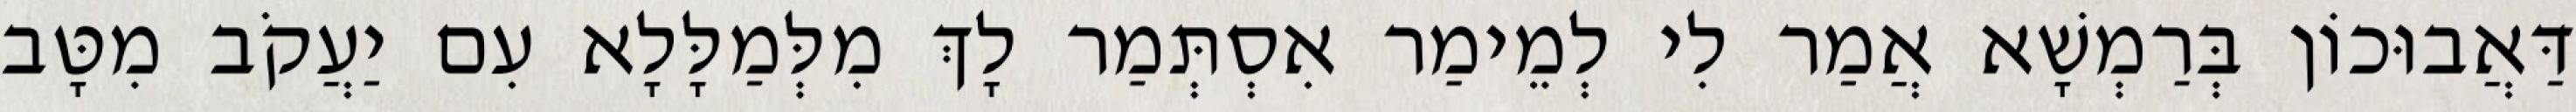
דַּאֲבוּכוֹן בְּרַמְשָׁא אֲמַר לִי לְמֵימַר אִסְתְּמַר לָךְ מִלְּמַלָּלָא עִם יַעֲקֹב מִטָּב